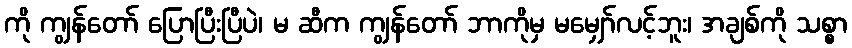
ကို ကျွန်တော် ပြောပြီးပြီပဲ၊ မ ဆီက ကျွန်တော် ဘာကိုမှ မမျှော်လင့်ဘူး၊ အချစ်ကို သစ္စာ